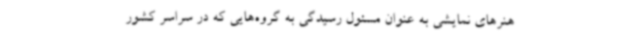
هنرهای نمایشی به عنوان مسئول رسیدگی به گروه‌هایی که در سراسر کشور